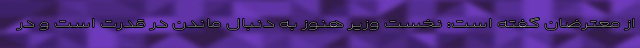
از معترضان گفته است: نخست وزیر هنوز به دنبال ماندن در قدرت است و در